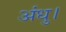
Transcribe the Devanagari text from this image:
अंधु।